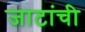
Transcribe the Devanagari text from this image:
जाटांची